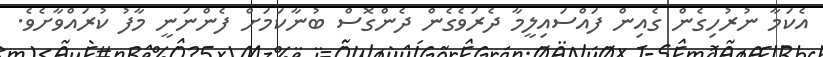
އެކަމާ ނުރުހިގެން ގެއިން ފައްސައިލީމާ ދެރަވެގެން ދެންގޮސް ބުނާކަމަށް ފެންނަނީ މާފު ކުރައްވާށެވެ.